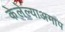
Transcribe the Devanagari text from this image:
केलेल्याअमाप